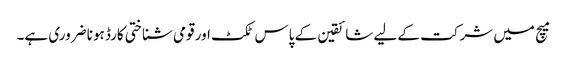
میچ میں شرکت کے لیے شائقین کے پاس ٹکٹ اور قومی شناختی کارڈ ہونا ضروری ہے۔